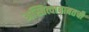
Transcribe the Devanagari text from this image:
अस्तित्वाबाबतची